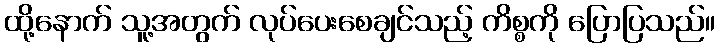
ထို့နောက် သူ့အတွက် လုပ်ပေးစေချင်သည့် ကိစ္စကို ပြောပြသည်။